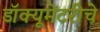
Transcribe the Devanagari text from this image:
डॉक्यूमेंटरीचे